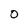
Character: 0